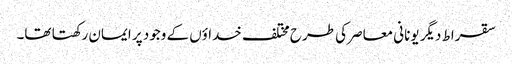
سقراط دیگر یونانی معاصر کی طرح مختلف خداؤں کے وجود پر ایمان رکھتا تھا۔